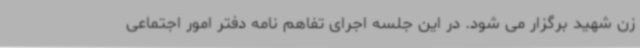
زن شهید برگزار می شود. در این جلسه اجرای تفاهم نامه دفتر امور اجتماعی